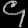
Digit: ၄